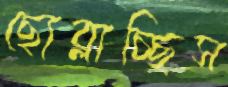
ছোব্‌লাচ্ছিস